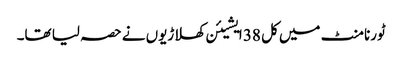
ٹورنامنٹ میں کل 38 ایشیئن کھلاڑیوں نے حصہ لیا تھا۔